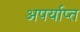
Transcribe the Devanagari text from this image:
अपर्याप्‍त